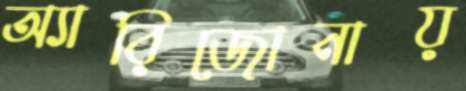
অ্যারিজোনায়